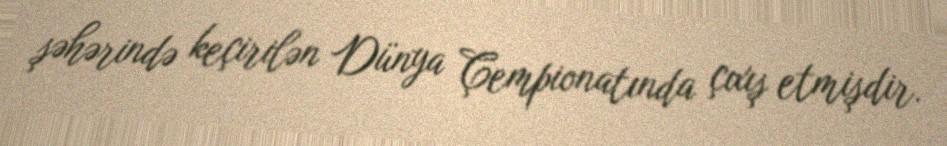
şəhərində keçirilən Dünya Çempionatında çıxış etmişdir.